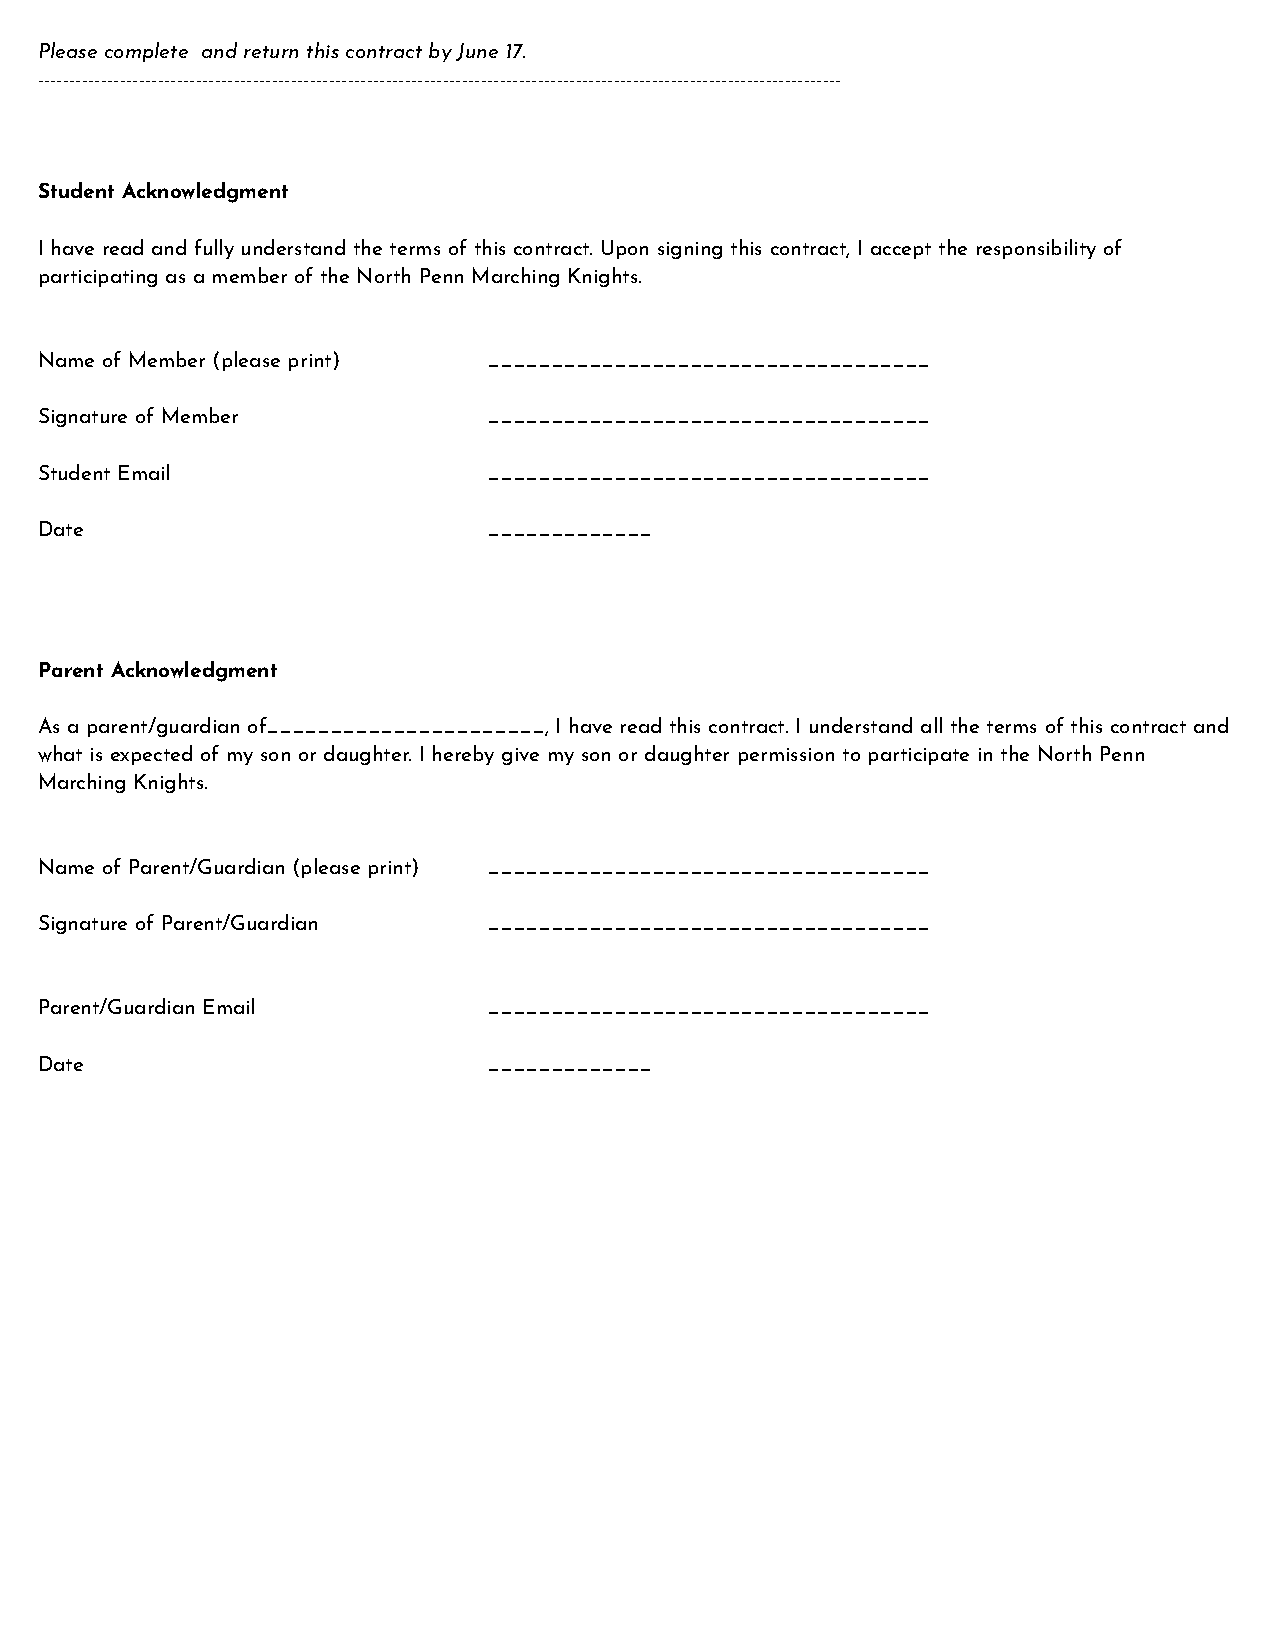
Please complete and return this contract by June 17.
 -------------------------------------------------------------------------------------------------------------------------------
 Student Acknowledgment
 I have read and fully understand the terms of this contract. Upon signing this contract, I accept the responsibility of
 participating as a member of the North Penn Marching Knights.
 Name of Member (please print) ___________________________________
 Signature of Member           ___________________________________
 Student Email                 ___________________________________
 Date                          _____________
 Parent Acknowledgment
 As a parent/guardian of______________________, I have read this contract. I understand all the terms of this contract and
 what is expected of my son or daughter. I hereby give my son or daughter permission to participate in the North Penn
 Marching Knights.
 Name of Parent/Guardian (please print) ___________________________________
 Signature of Parent/Guardian  ___________________________________
 Parent/Guardian Email         ___________________________________
 Date                          _____________